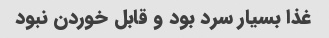
غذا بسیار سرد بود و قابل خوردن نبود